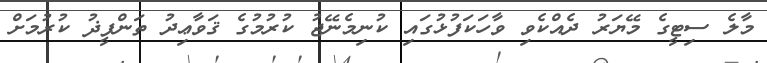
މާލެ ސިޓީގެ މޭޔަރު ދެއްކެވި ވާހަކަފުޅުގައި ކުނިމެނޭޖު ކުރުމުގެ ޤަވާޢިދު ތަންފީޛު ކުރުމަށް